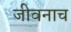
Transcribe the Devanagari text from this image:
जीवनाच